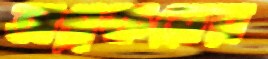
অগ্রক্রয়ের